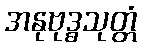
အနုဗုဒ္ဓသုတ္တံ